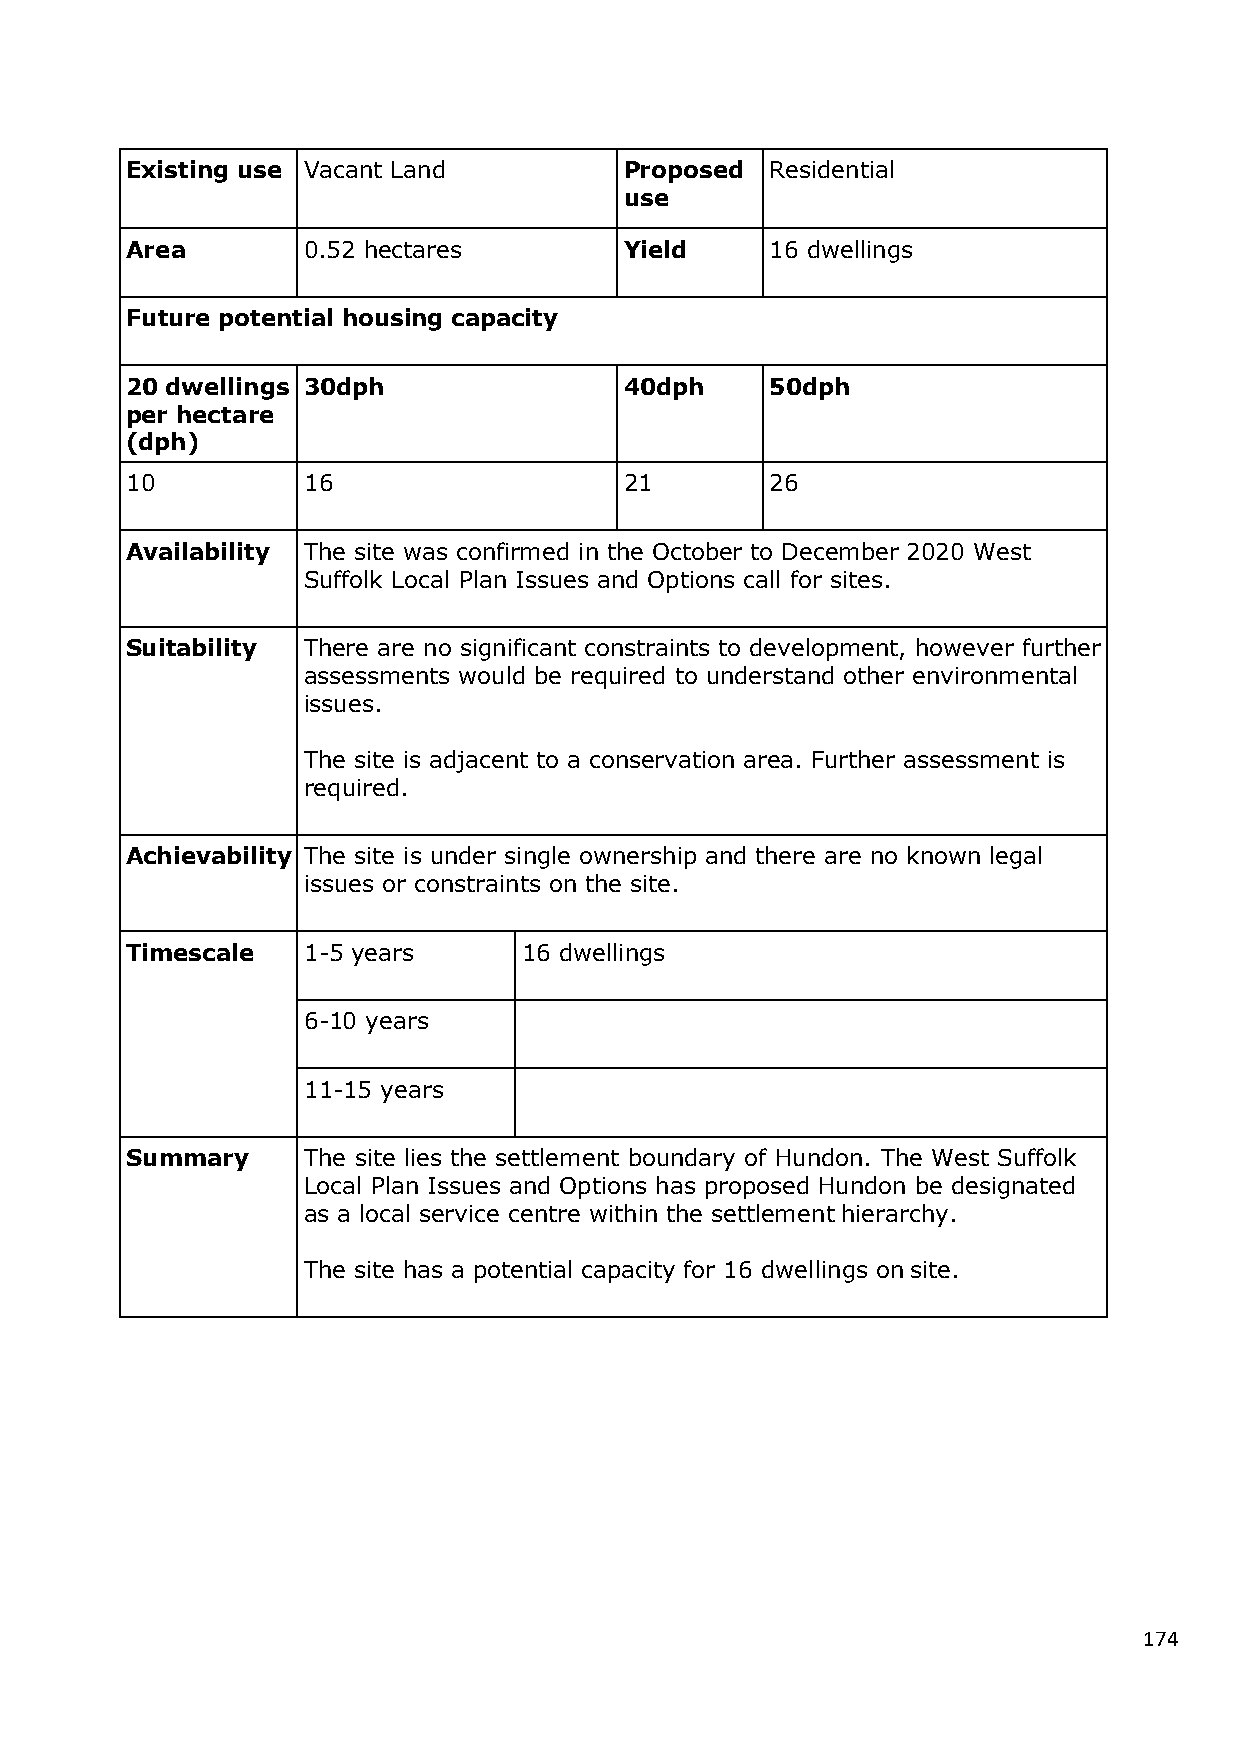
Existing use Vacant Land         Proposed  Residential
 use
 Area        0.52 hectares        Yield     16 dwellings
 Future potential housing capacity
 20 dwellings 30dph               40dph     50dph
 per hectare
 (dph)
 10          16                   21        26
 Availability The site was confirmed in the October to December 2020 West
 Suffolk Local Plan Issues and Options call for sites.
 Suitability There are no significant constraints to development, however further
 assessments would be required to understand other environmental
 issues.
 The site is adjacent to a conservation area. Further assessment is
 required.
 Achievability The site is under single ownership and there are no known legal
 issues or constraints on the site.
 Timescale   1-5 years      16 dwellings
 6-10 years
 11-15 years
 Summary     The site lies the settlement boundary of Hundon. The West Suffolk
 Local Plan Issues and Options has proposed Hundon be designated
 as a local service centre within the settlement hierarchy.
 The site has a potential capacity for 16 dwellings on site.
 174